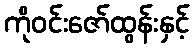
ကိုဝင်းဇော်ထွန်းနှင့်